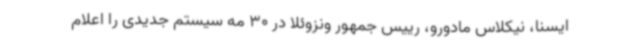
ایسنا، نیکلاس مادورو، رییس جمهور ونزوئلا در 30 مه سیستم جدیدی را اعلام